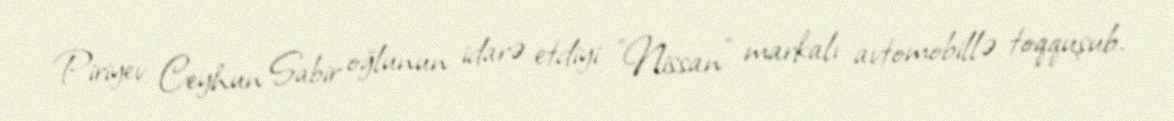
Piriyev Ceyhun Sabir oğlunun idarə etdiyi "Nissan" markalı avtomobillə toqquşub.